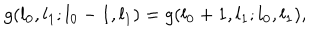
g ( l _ { 0 } , l _ { 1 } ; l _ { 0 } - 1 , l _ { 1 } ) = g ( l _ { 0 } + 1 , l _ { 1 } ; l _ { 0 } , l _ { 1 } ) ,